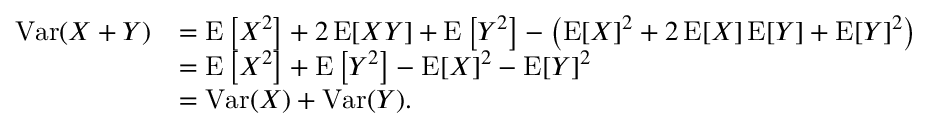
{ \begin{array} { r l } { \operatorname { V a r } ( X + Y ) } & { = \operatorname { E } \left[ X ^ { 2 } \right] + 2 \operatorname { E } [ X Y ] + \operatorname { E } \left[ Y ^ { 2 } \right] - \left( \operatorname { E } [ X ] ^ { 2 } + 2 \operatorname { E } [ X ] \operatorname { E } [ Y ] + \operatorname { E } [ Y ] ^ { 2 } \right) } \\ & { = \operatorname { E } \left[ X ^ { 2 } \right] + \operatorname { E } \left[ Y ^ { 2 } \right] - \operatorname { E } [ X ] ^ { 2 } - \operatorname { E } [ Y ] ^ { 2 } } \\ & { = \operatorname { V a r } ( X ) + \operatorname { V a r } ( Y ) . } \end{array} }